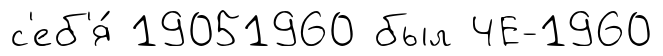
с'еб'я́ 19051960 был ЧЕ-1960